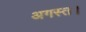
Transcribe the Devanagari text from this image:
अगस्त।